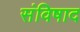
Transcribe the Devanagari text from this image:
संविषाद